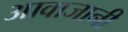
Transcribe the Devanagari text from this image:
आवाजानी